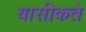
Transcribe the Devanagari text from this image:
यासीकते